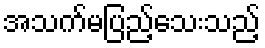
အသက်မပြည့်သေးသည့်